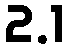
2.1